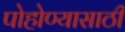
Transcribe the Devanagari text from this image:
पोहोण्यासाठी